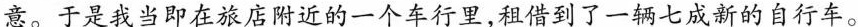
意。于是我当即在旅店附近的一个车行里，租借到了一辆七成新的自行车。